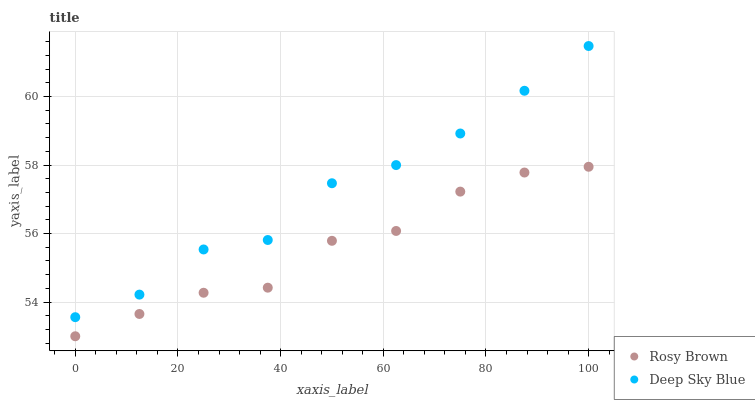
| xaxis_label | Rosy Brown | Deep Sky Blue |
 | --- | --- | --- |
 | 0 | 53 | 53.6 |
 | 12.5 | 53.7 | 54.2 |
 | 25 | 54.3 | 55.5 |
 | 37.5 | 54.4 | 55.8 |
 | 50 | 55.8 | 57.5 |
 | 62.5 | 56.1 | 58 |
 | 75 | 57.2 | 58.9 |
 | 87.5 | 57.8 | 60.2 |
 | 100 | 57.9 | 61.5 |